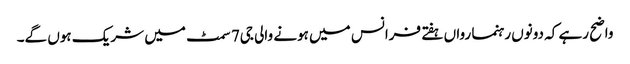
واضح رہے کہ دونوں رہنما رواں ہفتے فرانس میں ہونے والی جی7 سمٹ میں شریک ہوں گے۔